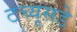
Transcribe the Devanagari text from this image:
टच्यूसडे